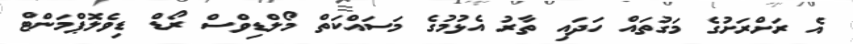
އެ ރަށްރަށުގެ މަގުތައް ހަދައި ތާރު އެޅުމުގެ މަސައްކަތް މޯލްޑިވްސް ރޯޑް ޑިވެލޮޕްމަންޓް